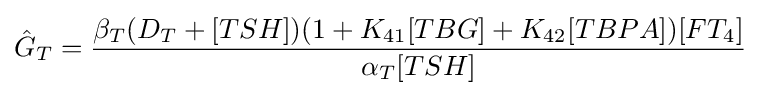
{\hat {G}}_{T}={{\beta _{T}(D_{T}+[TSH])(1+K_{41}[TBG]+K_{42}[TBPA])[FT_{4}]} \over {\alpha _{T}[TSH]}}